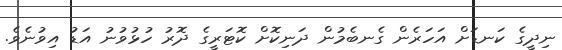
ނިދީގެ ކަނޑަށް އަހަރެން ގެނބެމުން ދަނިކޮށް ކޮޓަރީގެ ދޮރު ހުޅުވުނު އަޑު އިވުނެވެ.